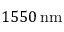
1 5 5 0 \, \mathrm { n m }